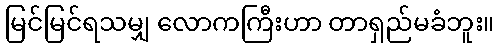
မြင်မြင်ရသမျှ လောကကြီးဟာ တာရှည်မခံဘူး။